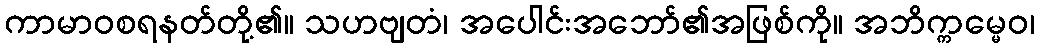
ကာမာဝစရနတ်တို့၏။ သဟဗျတံ၊ အပေါင်းအဘော်၏အဖြစ်ကို။ အဘိက္ကမ္မေဝ၊